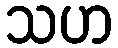
သဟ